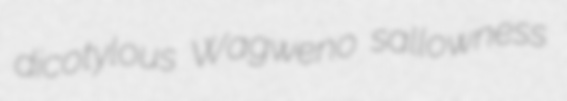
dicotylous Wagweno sallowness